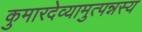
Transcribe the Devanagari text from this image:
कुमारदेव्यामुत्पन्नस्य